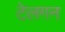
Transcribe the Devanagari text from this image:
टेलगन